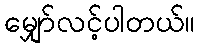
မျှော်လင့်ပါတယ်။